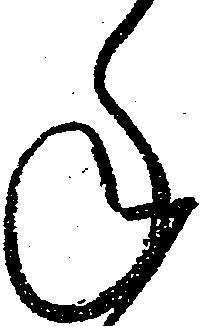
年